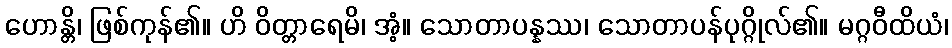
ဟောန္တိ၊ ဖြစ်ကုန်၏။ ဟိ ဝိတ္တာရေမိ၊ အံ့။ သောတာပန္နဿ၊ သောတာပန်ပုဂ္ဂိုလ်၏။ မဂ္ဂဝီထိယံ၊